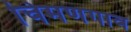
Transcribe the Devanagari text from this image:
चिमणगाव